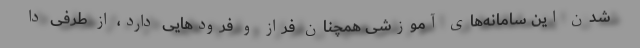
شدن این سامانه‌های آموزشی همچنان فراز و فرودهایی دارد، از طرفی دا